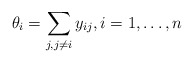
\begin{gather*}\theta_i= \sum_{j, j\not= i} y_{ij}, i=1,\ldots,n\end{gather*}